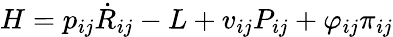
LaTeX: H=p_{ij}\dot{R}_{ij}-L+v_{ij}P_{ij}+\varphi_{ij}\pi_{ij}